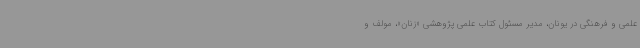
علمی و فرهنگی در یونان، مدیر مسئول کتاب علمی پژوهشی «زنان»، مولف و